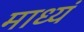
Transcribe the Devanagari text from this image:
माध्यं